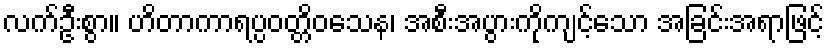
လက်ဦးစွာ။ ဟိတာကာရပ္ပဝတ္တိဝသေန၊ အစီးအပွားကိုကျင့်သော အခြင်းအရာဖြင့်